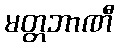
မတ္တဘာဏီ